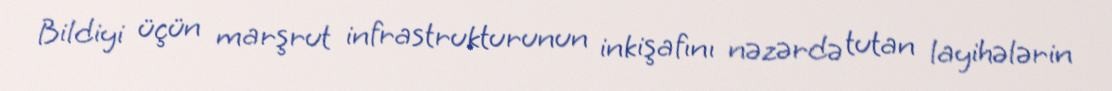
Bildiyi üçün marşrut infrastrukturunun inkişafını nəzərdə tutan layihələrin